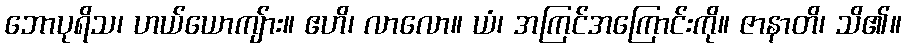
ဘောပုရိသ၊ ဟယ်ယောကျ်ား။ ဧဟိ၊ လာလော။ ယံ၊ အကြင်အကြောင်းကို။ ဇာနာတိ၊ သိ၏။